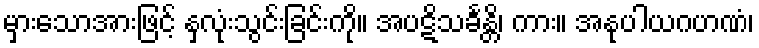
မှားသောအားဖြင့် နှလုံးသွင်းခြင်းကို။ အပဋိသင်္ခန္တိ၊ ကား။ အနုပါယဂဟဏံ၊